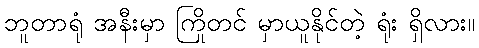
ဘူတာရုံ အနီးမှာ ကြိုတင် မှာယူနိုင်တဲ့ ရုံး ရှိလား။